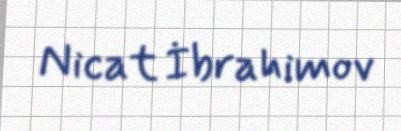
Nicat İbrahimov